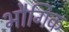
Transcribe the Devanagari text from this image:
भौगिक